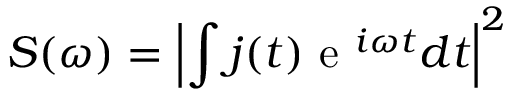
S ( \omega ) = \left| \int j ( t ) \mathrm { ~ e ~ } ^ { i \omega t } d t \right| ^ { 2 }